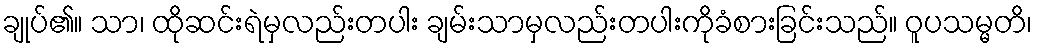
ချုပ်၏။ သာ၊ ထိုဆင်းရဲမှလည်းတပါး ချမ်းသာမှလည်းတပါးကိုခံစားခြင်းသည်။ ဝူပသမ္မတိ၊